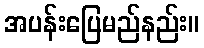
အပန်းပြေမည်နည်း။